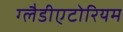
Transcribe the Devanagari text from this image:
ग्लैडीएटोरियम